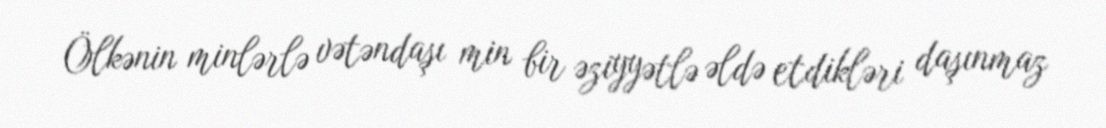
Ölkənin minlərlə vətəndaşı min bir əziyyətlə əldə etdikləri daşınmaz